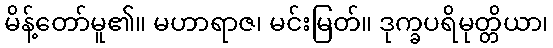
မိန့်တော်မူ၏။ မဟာရာဇ၊ မင်းမြတ်။ ဒုက္ခပရိမုတ္တိယာ၊